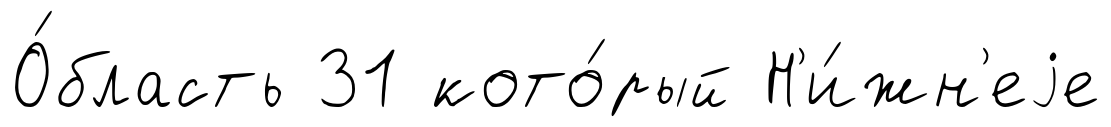
О́бласть 31 кото́рый Н'и́жн'еjе